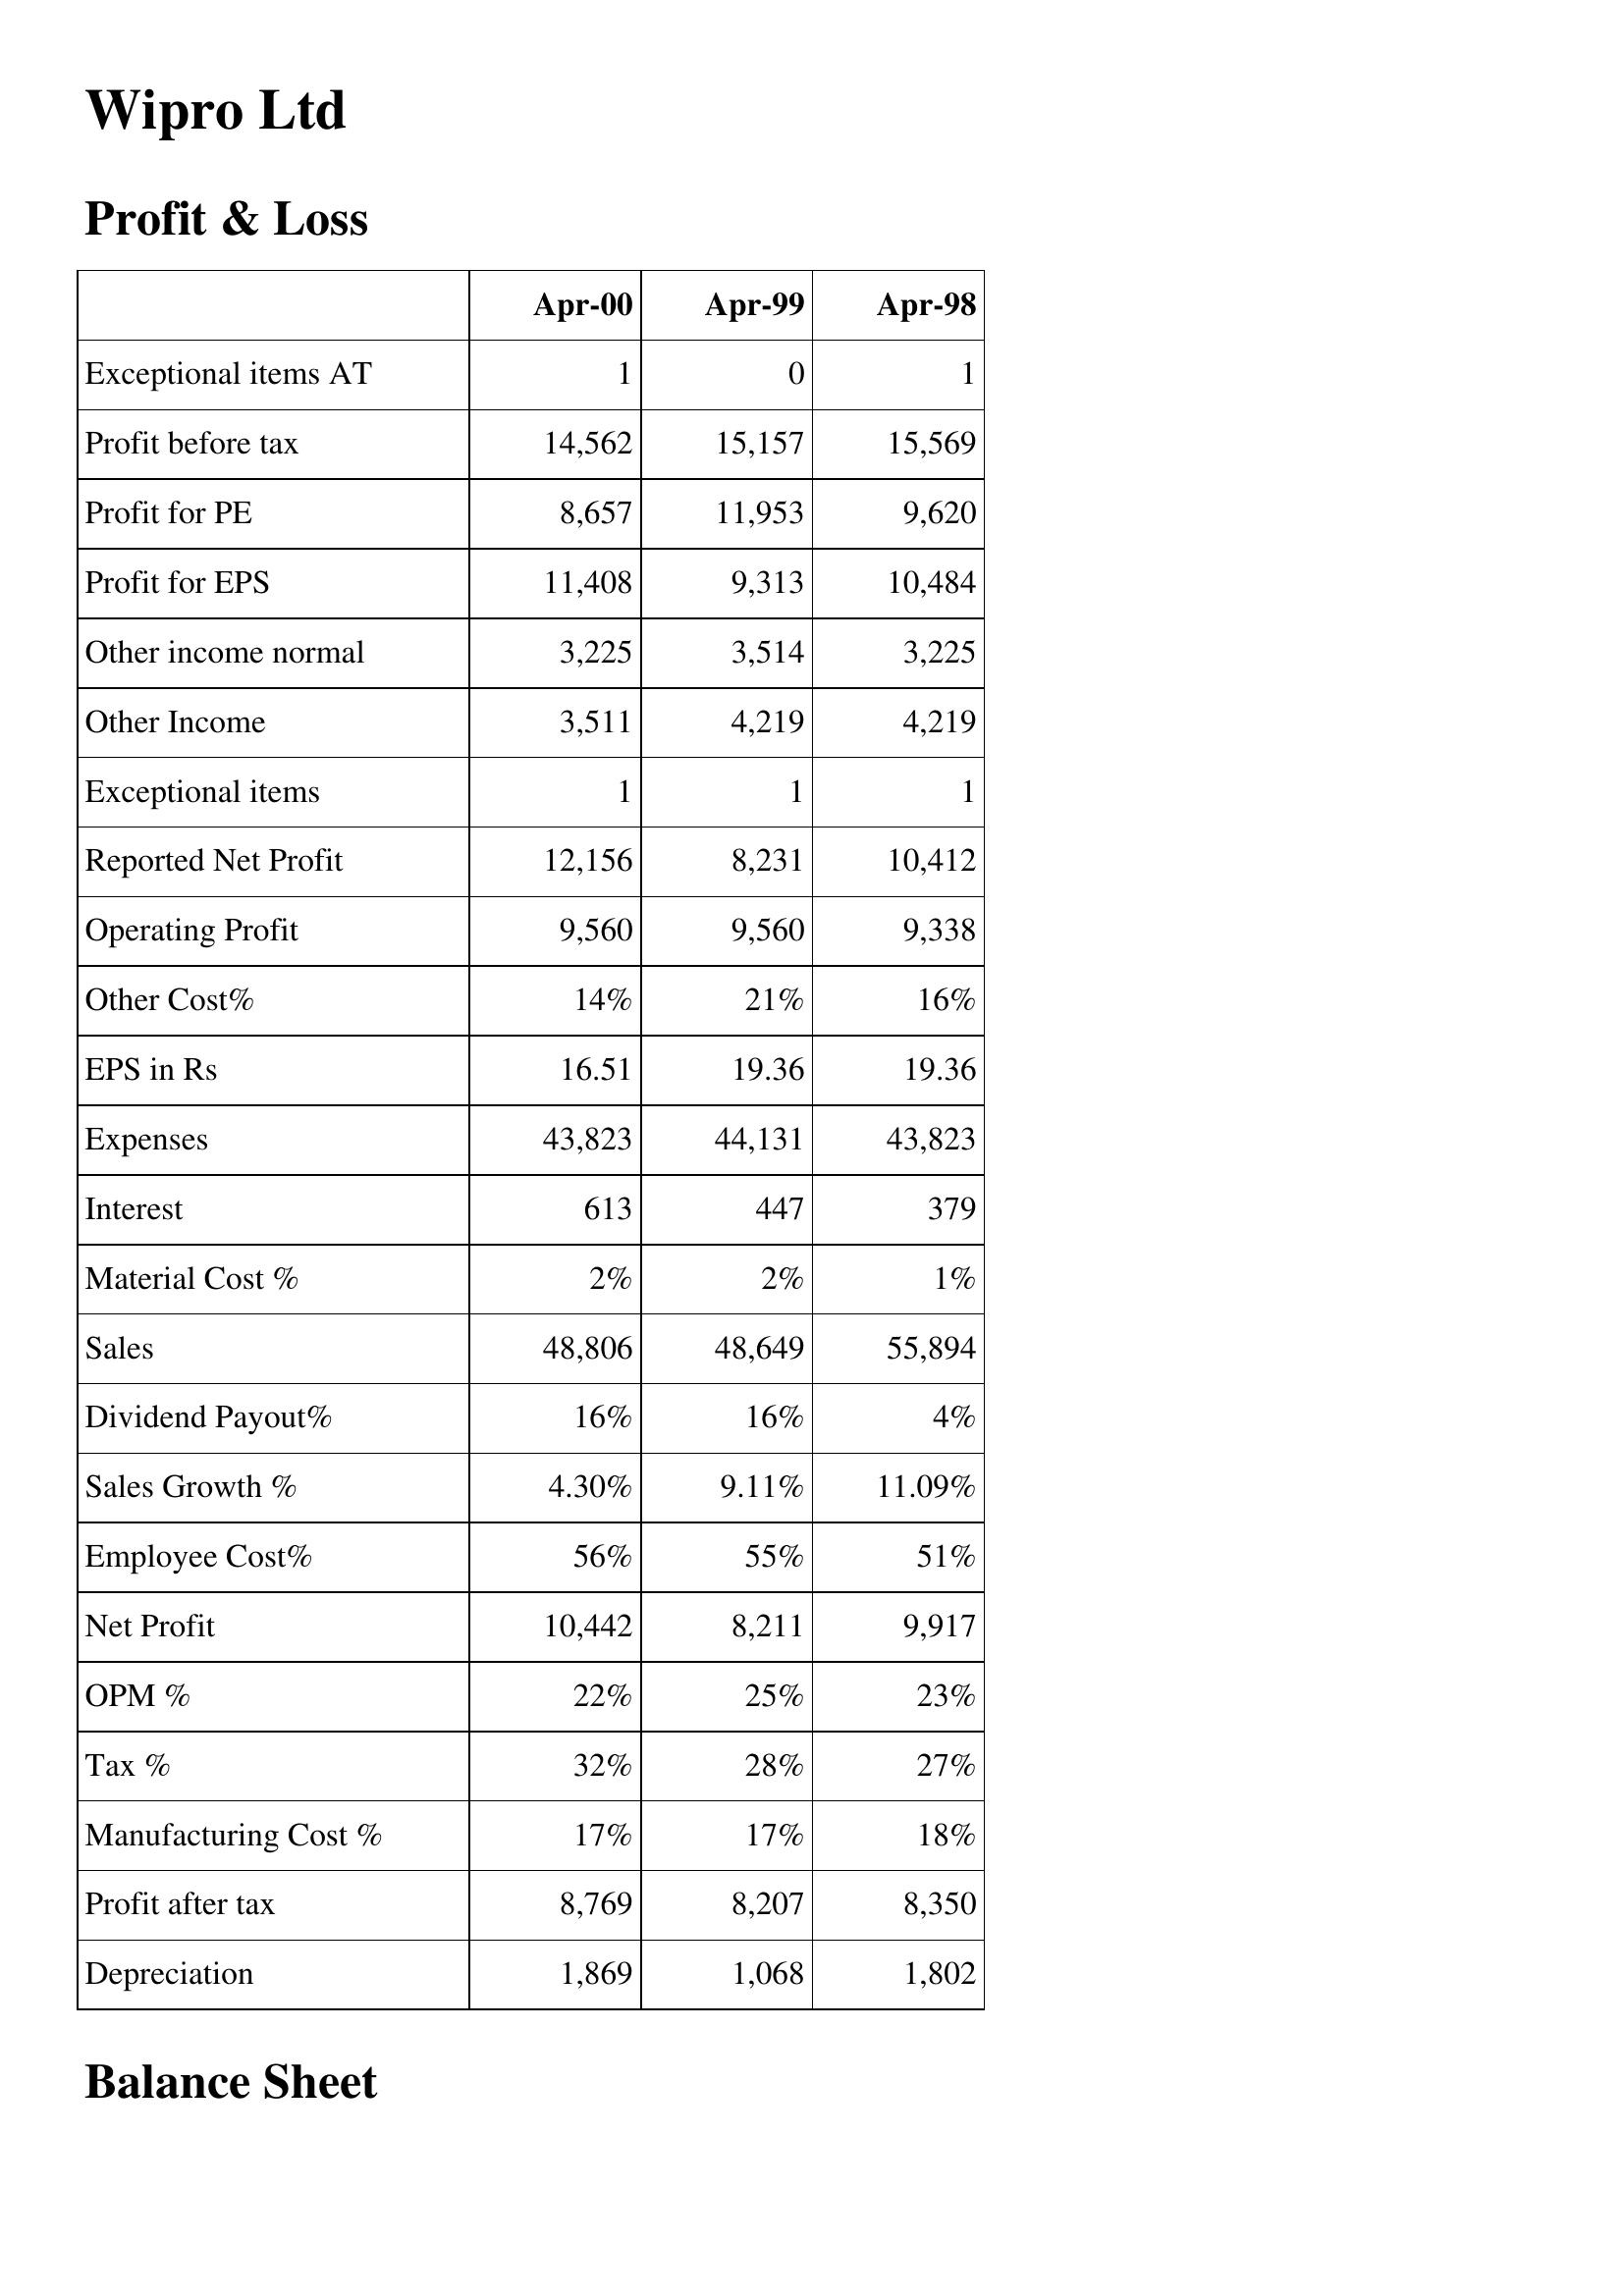
Apr-00: Profit & Loss: Exceptional items AT: 1
Profit before tax: 14,562
Profit for PE: 8,657
Profit for EPS: 11,408
Other income normal: 3,225
Other Income: 3,511
Exceptional items: 1
Reported Net Profit: 12,156
Operating Profit: 9,560
Other Cost%: 14%
EPS in Rs: 16.51
Expenses: 43,823
Interest: 613
Material Cost %: 2%
Sales: 48,806
Dividend Payout%: 16%
Sales Growth %: 4.30%
Employee Cost%: 56%
Net Profit: 10,442
OPM %: 22%
Tax %: 32%
Manufacturing Cost %: 17%
Profit after tax: 8,769
Depreciation: 1,869
Apr-99: Profit & Loss: Exceptional items AT: 0
Profit before tax: 15,157
Profit for PE: 11,953
Profit for EPS: 9,313
Other income normal: 3,514
Other Income: 4,219
Exceptional items: 1
Reported Net Profit: 8,231
Operating Profit: 9,560
Other Cost%: 21%
EPS in Rs: 19.36
Expenses: 44,131
Interest: 447
Material Cost %: 2%
Sales: 48,649
Dividend Payout%: 16%
Sales Growth %: 9.11%
Employee Cost%: 55%
Net Profit: 8,211
OPM %: 25%
Tax %: 28%
Manufacturing Cost %: 17%
Profit after tax: 8,207
Depreciation: 1,068
Apr-98: Profit & Loss: Exceptional items AT: 1
Profit before tax: 15,569
Profit for PE: 9,620
Profit for EPS: 10,484
Other income normal: 3,225
Other Income: 4,219
Exceptional items: 1
Reported Net Profit: 10,412
Operating Profit: 9,338
Other Cost%: 16%
EPS in Rs: 19.36
Expenses: 43,823
Interest: 379
Material Cost %: 1%
Sales: 55,894
Dividend Payout%: 4%
Sales Growth %: 11.09%
Employee Cost%: 51%
Net Profit: 9,917
OPM %: 23%
Tax %: 27%
Manufacturing Cost %: 18%
Profit after tax: 8,350
Depreciation: 1,802